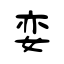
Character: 娈